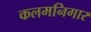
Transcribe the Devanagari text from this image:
कलमनिगार